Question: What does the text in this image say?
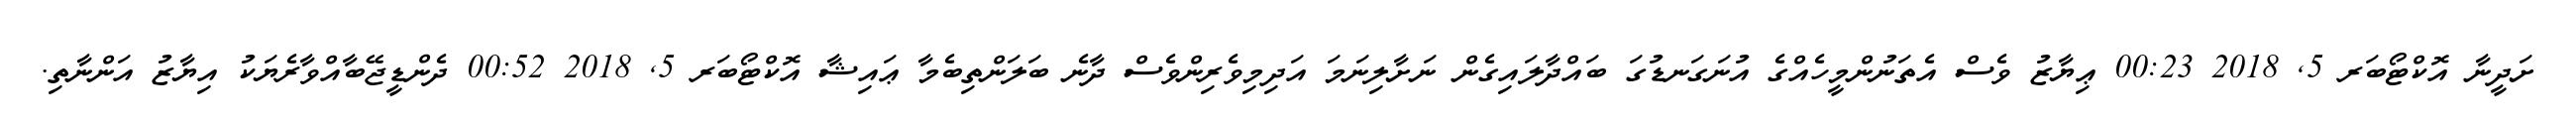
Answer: ށަދީނާ އޮކްޓޯބަރ 5, 2018 00:23 ޢިޔާޒު ވެސް އެތަނުންމީހެއްގެ އުނަގަނޑުގަ ބައްދާލައިގެން ނަށާލިނަމަ އަދިމިވެރިންވެސް ދާނެ ބަލަންތިބެމާ ޢައިޝާ އޮކްޓޯބަރ 5, 2018 00:52 ދެންޑީޖޭބާއްވާރެޔަކު އިޔާޒު އަންނާތި.